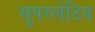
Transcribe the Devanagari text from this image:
सुपरलेटिव